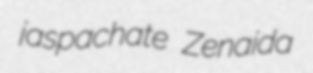
jaspachate Zenaida